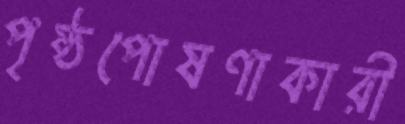
পৃষ্ঠপোষণাকারী